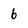
Character: 6